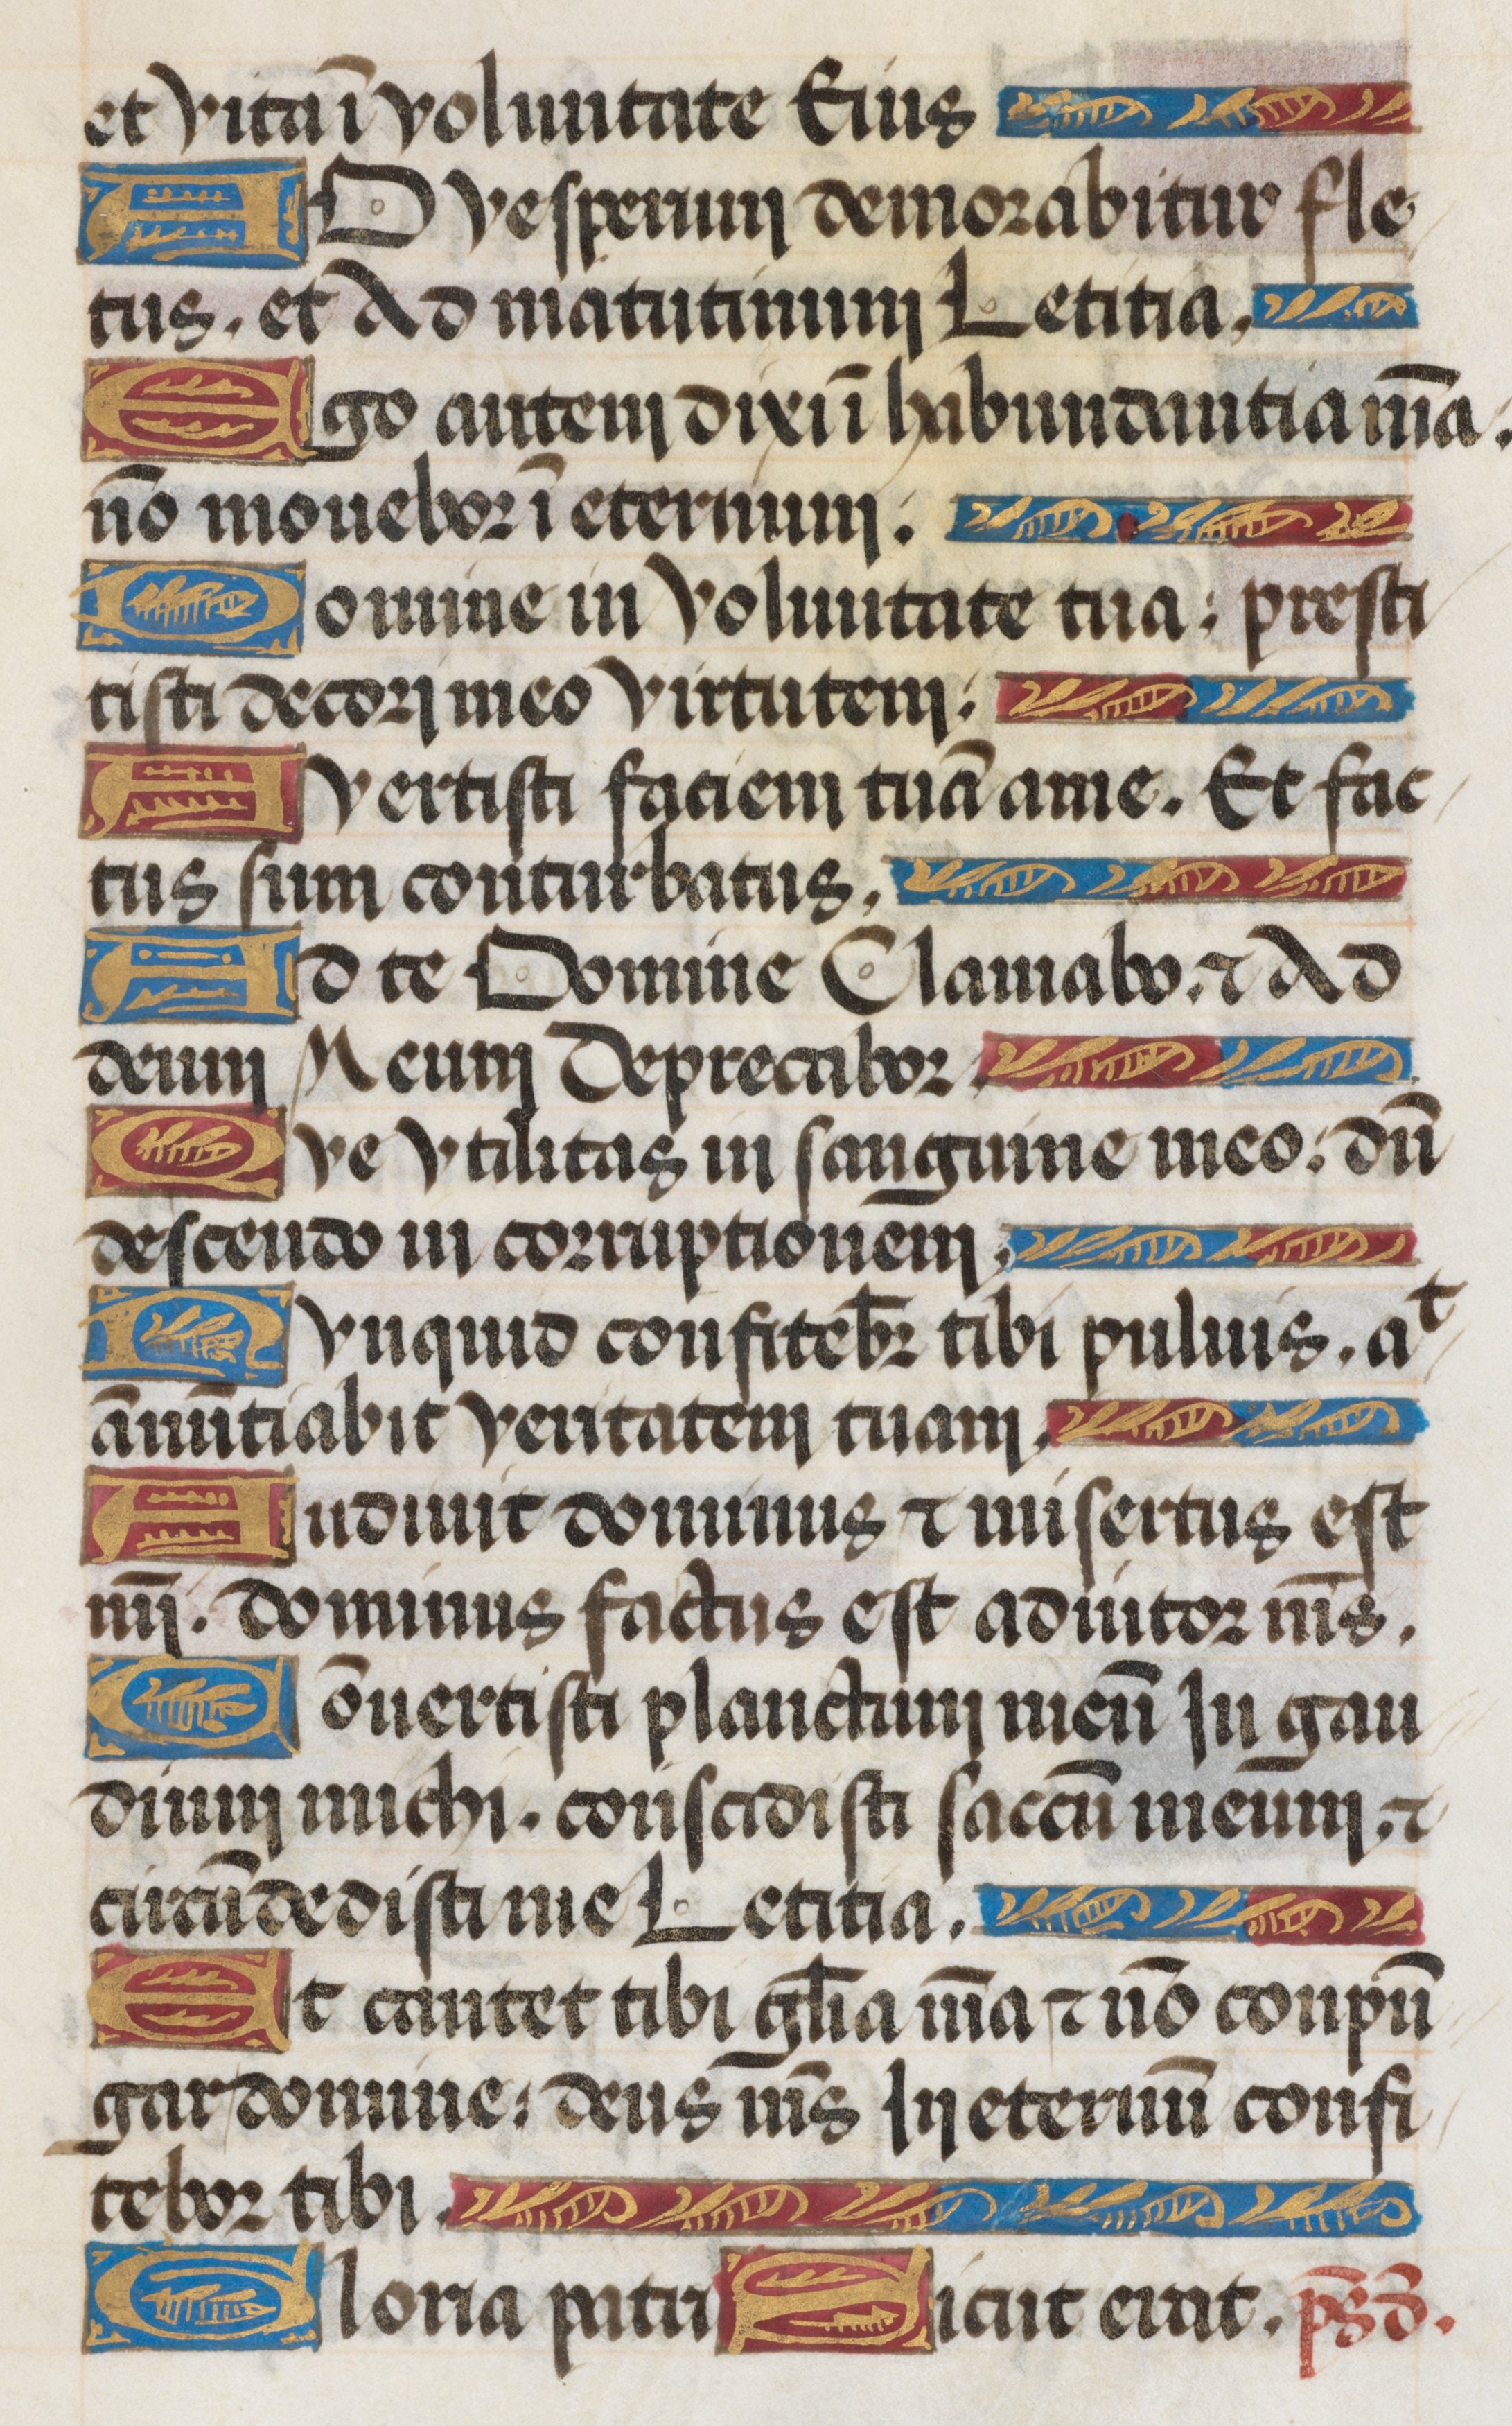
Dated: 1485–1515